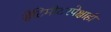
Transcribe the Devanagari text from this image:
सेंटिमीटरपेक्षाही